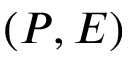
( P , E )